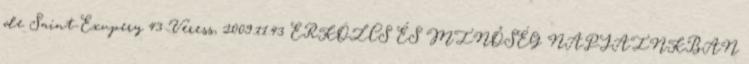
de Saint-Exupery 43 Veress, 2009.11.43 ERKÖLCS ÉS MINŐSÉG NAPJAINKBAN